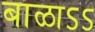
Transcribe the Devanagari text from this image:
बाळाऽऽ